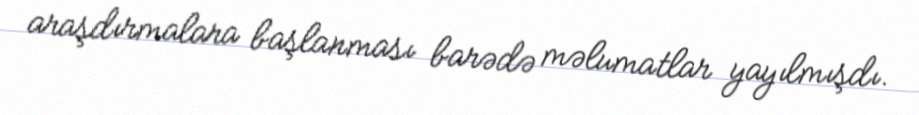
araşdırmalara başlanması barədə məlumatlar yayılmışdı.